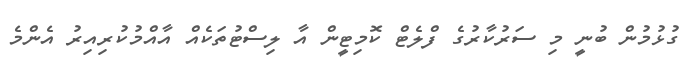
ގުޅުމުން ބުނީ މި ސަރުކާރުގެ ފްލެޓް ކޮމިޓީން އާ ލިސްޓުތަކެއް އާއްމުކުރިއިރު އެންމެ